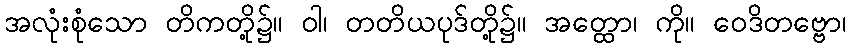
အလုံးစုံသော တိကတို့၌။ ဝါ၊ တတိယပုဒ်တို့၌။ အတ္ထော၊ ကို။ ဝေဒိတဗ္ဗော၊